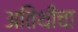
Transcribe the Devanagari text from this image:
अतिथींचा